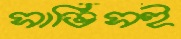
সার্ভিসই